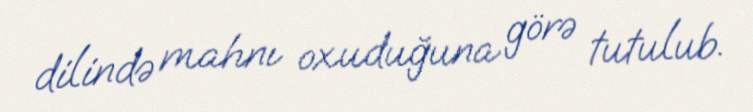
dilində mahnı oxuduğuna görə tutulub.